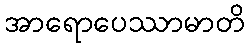
အာရောပေဿာမာတိ